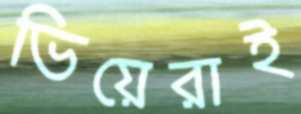
ভিয়েরাই